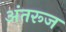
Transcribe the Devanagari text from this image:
अंतरूज